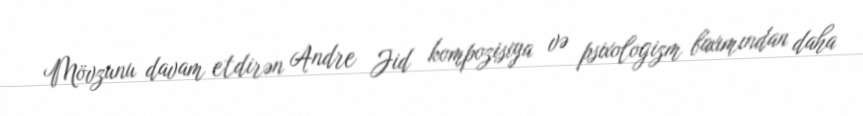
Mövzunu davam etdirən Andre Jid kompozisiya və psixologizm baxımından daha